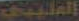
الملييي